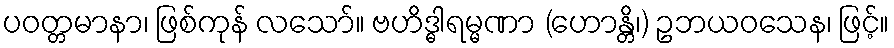
ပဝတ္တမာနာ၊ ဖြစ်ကုန် လသော်။ ဗဟိဒ္ဓါရမ္မဏာ (ဟောန္တိ၊) ဥဘယဝသေန၊ ဖြင့်။